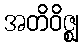
အတိဝိဇ္ဈ